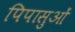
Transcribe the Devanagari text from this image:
पिपासुओं